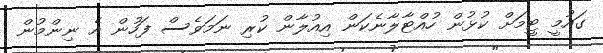
ގައުމީ ޓީމަށް ކުޅުން ހުއްޓާލާނެކަން އިއުލާން ކުރި ނަމަވެސް ފަހުން އެ ނިންމުން